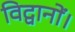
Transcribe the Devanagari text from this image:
विद्वानों।